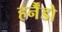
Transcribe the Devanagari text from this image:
हर्नैंडो